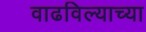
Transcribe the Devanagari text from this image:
वाढविल्याच्या